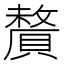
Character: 𬥦